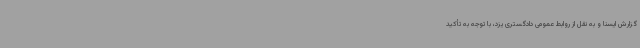
گزارش ایسنا و به نقل از روابط عمومی دادگستری یزد، با توجه به تأکید